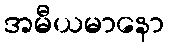
အမီယမာနော